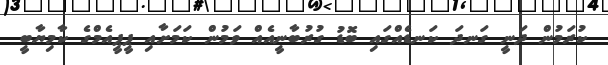
ކުރަމުން ދަނީ ގަނދަ ކަނޑެއްގައި ބޮޑު ގުރުބާނީއެއް ވަމުން ކަމަށާއި ޕީޕީއެމްގެ ކާމިޔާބީ